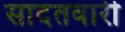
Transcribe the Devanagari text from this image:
सादतवारी